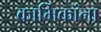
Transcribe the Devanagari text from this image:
कार्मिकांना